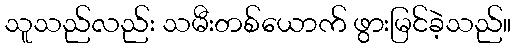
သူသည်လည်း သမီးတစ်ယောက် ဖွားမြင်ခဲ့သည်။